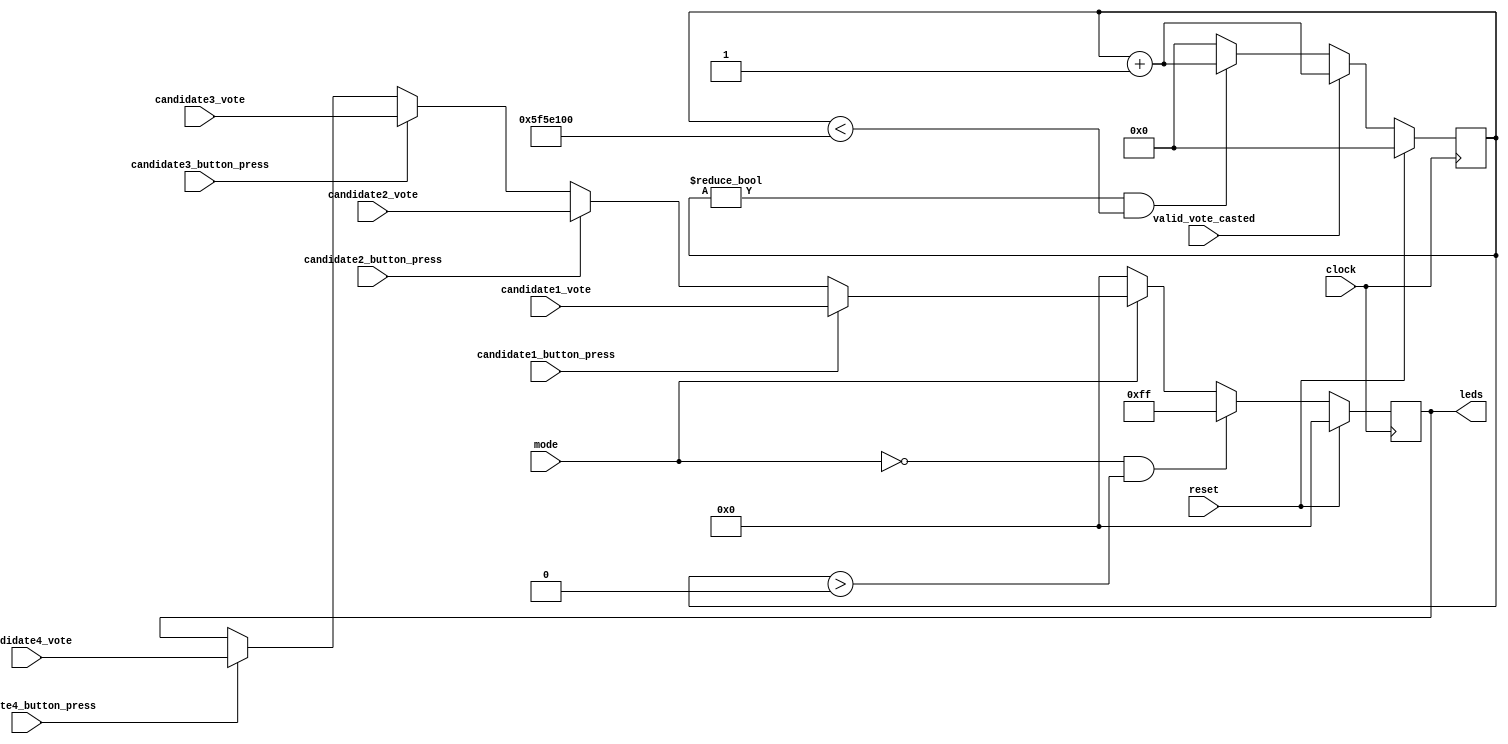
`timescale 1ns / 1ps
//////////////////////////////////////////////////////////////////////////////////
// Company: 
// Engineer: 
// 
// Design Name: 
// Module Name: modeControl
// Project Name: 
// Target Devices: 
// Tool Versions: 
// Description: 
// 
// Dependencies: 
// 
// Revision:
// Revision 0.01 - File Created
// Additional Comments:
// 
//////////////////////////////////////////////////////////////////////////////////


module modeControl(
input clock,
input reset,
input mode,
input valid_vote_casted,
input [7:0] candidate1_vote,
input [7:0] candidate2_vote,
input [7:0] candidate3_vote,
input [7:0] candidate4_vote,
input candidate1_button_press,
input candidate2_button_press,
input candidate3_button_press,
input candidate4_button_press,
output reg [7:0] leds
    );
    
reg [30:0] counter;

always @(posedge clock)
begin
    if(reset)
        counter <= 0;   //Whenever reset is pressed, counter started from 0
    else if(valid_vote_casted) //If a valid vote is casted, counter becomes 1
        counter <= counter + 1;
    else if(counter !=0 & counter < 100000000)//If counter is not 0, increment it till 100000000
        counter <= counter + 1;
    else //Once counter becomes 100000000, reset it to zero
        counter <= 0;
end    
    
always @(posedge clock)
begin
    if(reset)
        leds <= 0;
    else
    begin
        if(mode == 0 &  counter > 0 ) //mode0 -> voting mode, mode 1 -> result mode
            leds <= 8'hFF;
        else if(mode == 0)
            leds <= 8'h00;
        else if(mode == 1) //result mode
        begin
            if(candidate1_button_press)
                leds <= candidate1_vote;
            else if(candidate2_button_press)
                leds <= candidate2_vote;
            else if(candidate3_button_press)
                leds <= candidate3_vote;
            else if(candidate4_button_press)
                leds <= candidate4_vote;
        end
    end  
end
    
endmodule